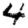
Digit: 4